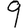
Digit: 9